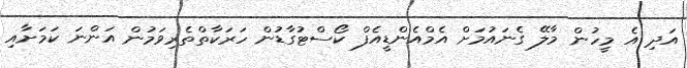
އަދި އެ މީހުން މާލޭ ގެނައުމަށް އެމްއެންޑީއެފް ކޯސްޓުގާޑުން ހަރަކާތްތެރިވަމުން އަންނަ ކަމަށާއި